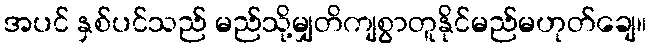
အပင် နှစ်ပင်သည် မည်သို့မျှတိကျစွာတူနိုင်မည်မဟုတ်ချေ။